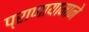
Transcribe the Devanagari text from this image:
प्राणायामाने